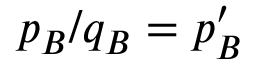
p _ { B } / q _ { B } = p _ { B } ^ { \prime }